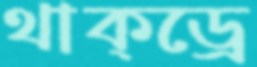
থাক্ড্রে